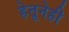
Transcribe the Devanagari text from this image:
हेतूनेही